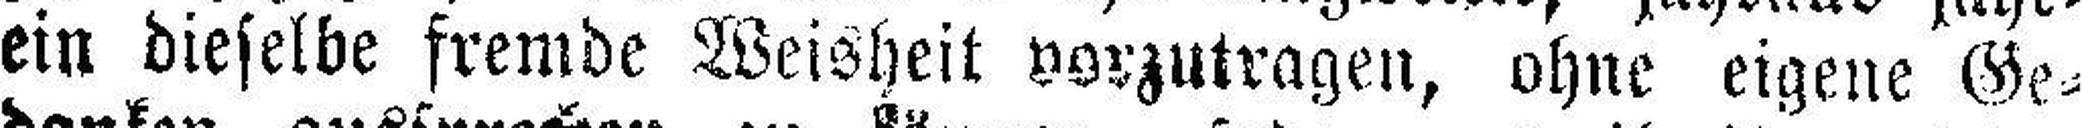
ein dieselbe fremde Weisheit vorzutragen, ohne eigene Ge¬